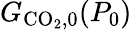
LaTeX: G_{\mathrm{CO_{2},0}}(P_{0})